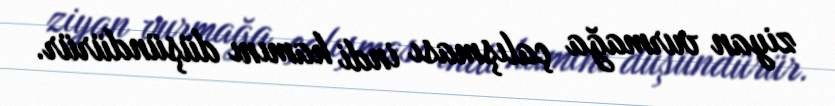
ziyan vurmağa çalışması indi hamını düşündürür.